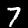
Label: 7